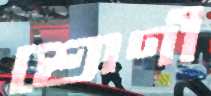
শ্রোণী